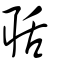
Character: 聒